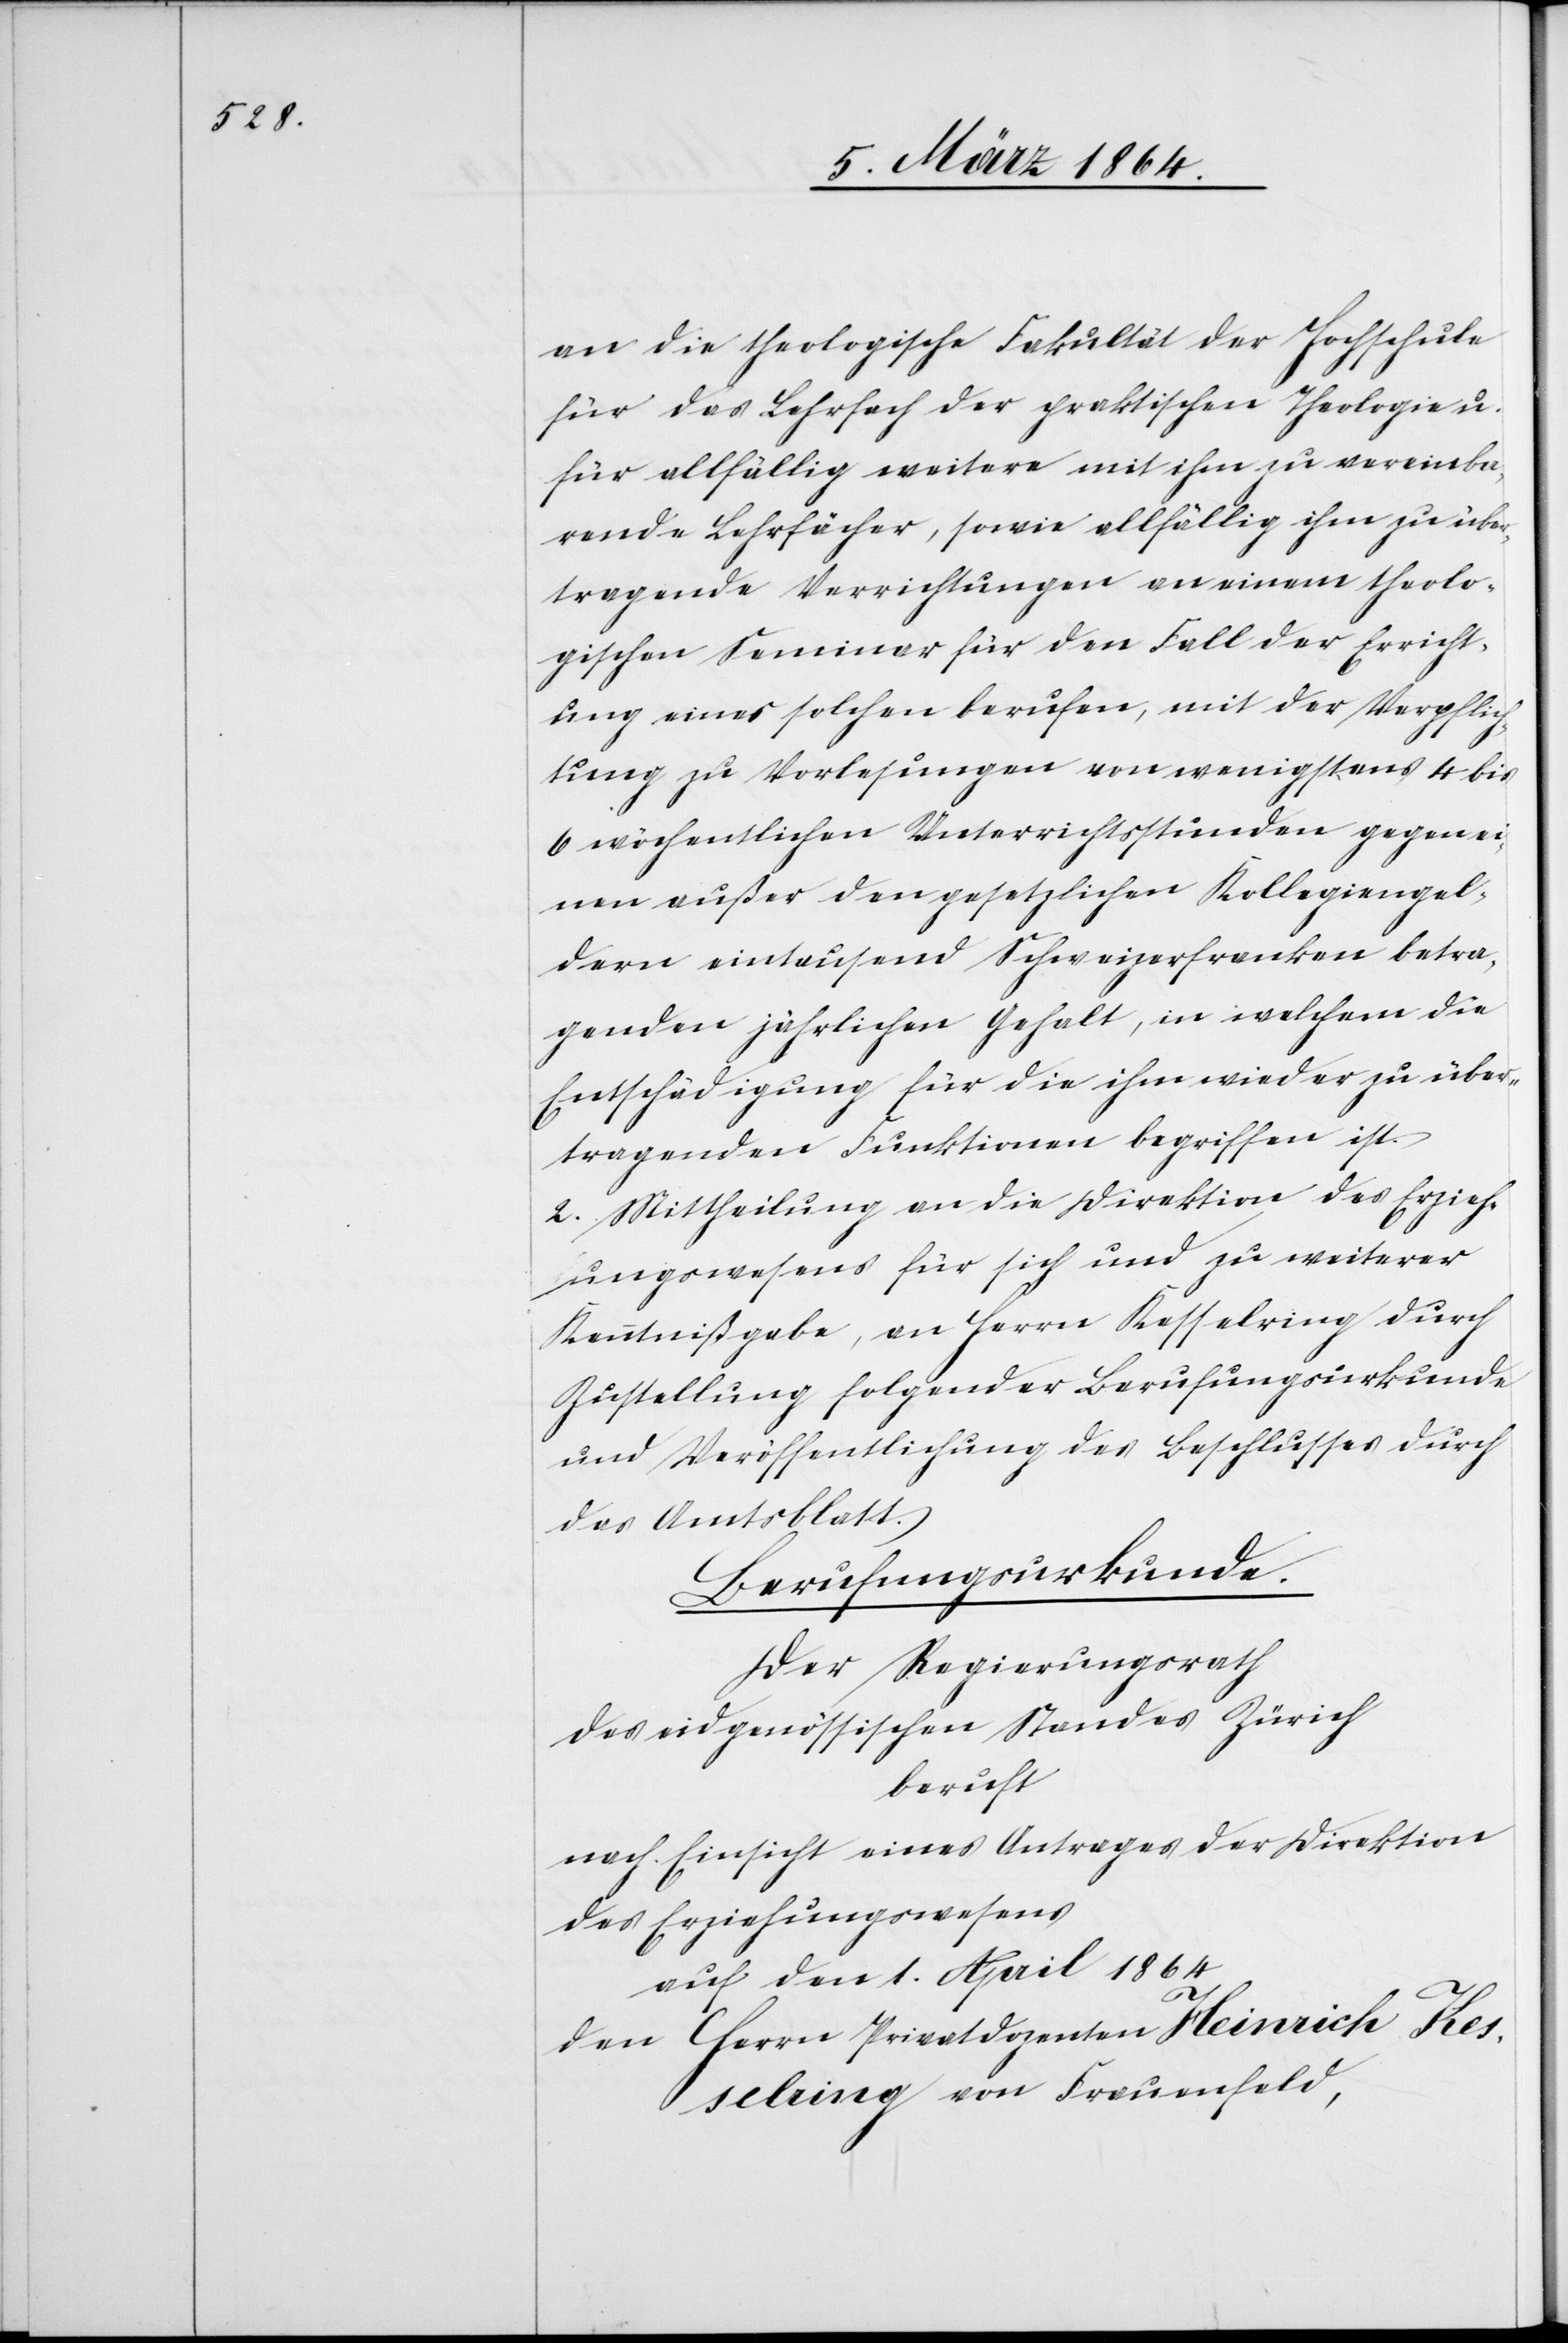
an die theologische Fakultät der Hochschule
für das Lehrfach der praktischen Theologie u.
für allfällig weitere mit ihm zu vereinba¬
rende Lehrfächer, sowie allfällig ihm zu über¬
tragende Verrichtungen an einem theolo¬
gischen Seminar für den Fall der Erricht¬
ung eines solchen berufen, mit der Verpflich¬
tung zu Vorlesungen von wenigstens 4 bis
6 wöchentlichen Unterrichtsstunden gegen ei¬
nen außer den gesetzlichen Kollegiengel¬
dern eintausend Schweizerfranken betra¬
genden jährlichen Gehalt, in welchem die
Entschädigung für die ihm wieder zu über¬
tragenden Funktionen begriffen ist.
2. Mittheilung an die Direktion des Erzieh¬
ungswesens für sich und zu weiterer
Kenntnißgabe, an Herrn Kesselring durch
Zustellung folgender Berufungsurkunde
und Veröffentlichung des Beschlusses durch
das Amtsblatt.
Berufungsurkunde.
Der Regierungsrath
des eidgenössischen Standes Zürich
beruft
nach Einsicht eines Antrages der Direktion
des Erziehungswesens
auf den 1. April 1864
den Herrn Privatdozenten Heinrich Kes¬
selring von Frauenfeld,